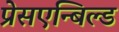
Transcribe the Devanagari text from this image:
प्रेसएन्बिल्ड